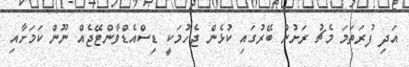
އަދި ފުރަތަމަ މެޗު ރަށުން ބޭރުގައި ކުޅެން ޖެހުމަކީ ޑިސްއެޑްވާންޓޭޖެއް ނޫން ކަމަށާއި